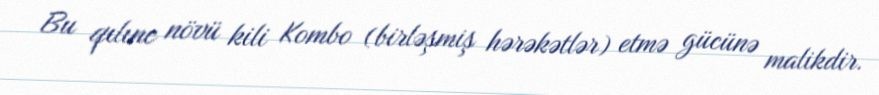
Bu qılınc növü kili Kombo (birləşmiş hərəkətlər) etmə gücünə malikdir.